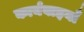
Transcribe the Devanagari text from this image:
कार्यवाइयाँ